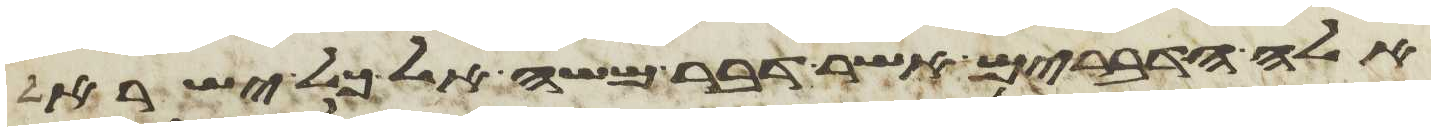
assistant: אלה הדברים אשר דבר משה אל כל ישראל